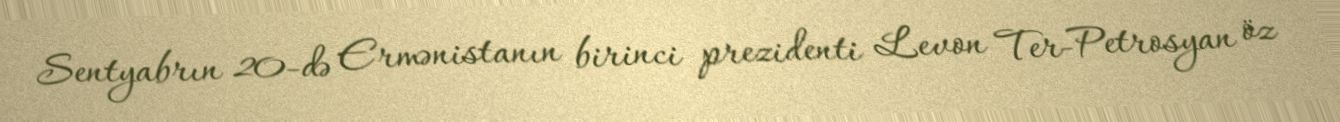
Sentyabrın 20-də Ermənistanın birinci prezidenti Levon Ter-Petrosyan öz